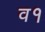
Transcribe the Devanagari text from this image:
व१